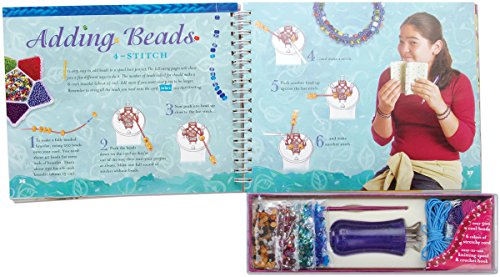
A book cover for Spool Knit Jewelry: Make Beautiful Bracelets, Anklets, and Rings (Klutz); Anne Akers Johnson; Teen & Young Adult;